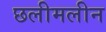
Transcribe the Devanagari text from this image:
छलीमलीन